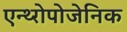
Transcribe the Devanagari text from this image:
एन्थ्‍रोपोजेनिक